system: You are a helpful assistant.
user:
Analyze the provided spectrum to determine if it is a **"Cataclysmic Variables (CV)"**.

- **Key Indicators for CV (Check for either state):**
    - **State 1: Quiescent / Low-State (Emission-Dominated)**
        - **(Primary):** Strong and *very broad* Hydrogen Balmer emission lines (e.g., $H\alpha$ at 6563 Å, $H\beta$ at 4861 Å). The 'broadness' (high velocity dispersion, often FWHM > 1000 km/s) is the key diagnostic, indicating a high-velocity accretion disk.
        - **(Secondary):** Broad neutral Helium (He I) emission lines (e.g., 5876 Å, 6678 Å).
        - **(Key Confirmation):** Presence of high-excitation *ionized* Helium (He II) emission at 4686 Å. This is a strong indicator of accretion onto a white dwarf.
        - **(Line Profile):** Emission lines may exhibit a 'double-peaked' profile, which is a classic signature of a rotating accretion disk viewed at high inclination.

    - **State 2: Outburst / High-State (Absorption-Dominated)**
        - **(Primary):** Spectrum is dominated by a bright, blue continuum (looks like a hot star).
        - **(Secondary):** The emission lines from State 1 are weak, absent, or 'filled in', and are replaced by broad, shallow *absorption* lines (primarily Balmer and He I).
        - **(Morphology):** The overall spectrum mimics a hot B/A-type star. The crucial difference is that the absorption lines are significantly broader, shallower, and more 'washed-out' (or 'smeared') than the sharp lines of a normal stellar photosphere, due to high rotational speeds and pressure broadening in the disk.

Think first, call **spectral_visualization_tool** if needed to examine features in detail, then provide your final answer. Your response must adhere to the following strict rules:
1.  **Overall Structure:** Your response must follow the format `<think>...</think> <tool_call>...</tool_call> (if a tool is used) <answer>...</answer>`.
2.  **Tool Usage Constraint:** You may only make **one** tool call per turn.
3.  **Final Answer Format:** In the `<answer>` tag, your conclusion must be inside a `\boxed{}` command (e.g., `\boxed{YES}`), followed by your justification.

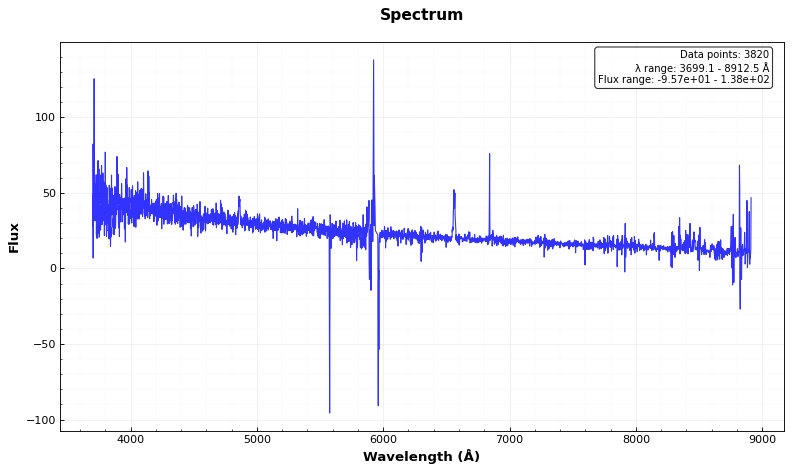
Answer: YES